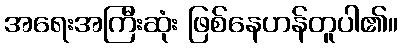
အရေးအကြီးဆုံး ဖြစ်နေဟန်တူပါ၏။